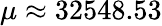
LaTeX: \mu\approx 32548.53